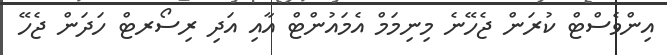
އިންވެސްޓް ކުރަން ޖެހޭނެ މިނިމަމް އެމައުންޓް އާއި އަދި ރިސޯރޓް ހަދަން ޖެހޭ